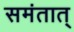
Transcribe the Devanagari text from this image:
समंतात्